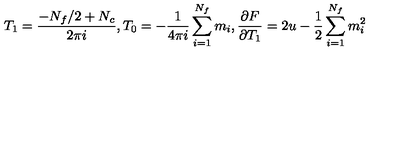
T _ { 1 } = \frac { - N _ { f } / 2 + N _ { c } } { 2 \pi i } , T _ { 0 } = - \frac { 1 } { 4 \pi i } \sum _ { i = 1 } ^ { N _ { f } } m _ { i } , \frac { \partial F } { \partial T _ { 1 } } = 2 u - \frac { 1 } { 2 } \sum _ { i = 1 } ^ { N _ { f } } m _ { i } ^ { 2 }